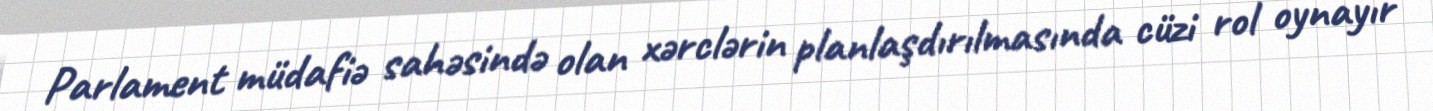
Parlament müdafiə sahəsində olan xərclərin planlaşdırılmasında cüzi rol oynayır